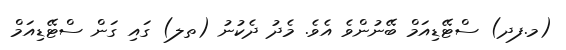
(މ.ފދ) ސްޓޭޑިއަމް ބޭނުންވެ އެވެ. މެދު ދެކުނު (ތލ) ގައި ގަން ސްޓޭޑިއަމް